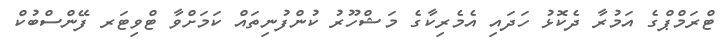
ޓްރަމްޕްގެ އަމުރާ ދެކޮޅު ހަދައި އެމެރިކާގެ މަޝްހޫރު ކުންފުނިތައް ކަމަށްވާ ޓްވިޓަރ ފޭންސްބުކް